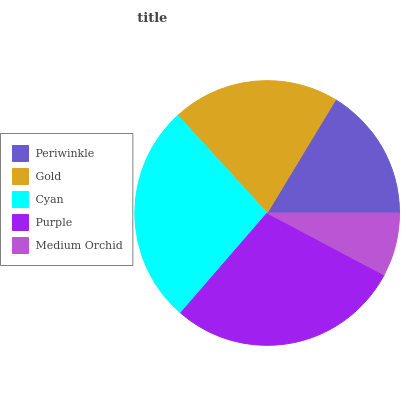
| Periwinkle | Gold | Cyan | Purple | Medium Orchid |
 | --- | --- | --- | --- | --- |
 | 16.4% | 20.4% | 26.9% | 28.6% | 7.75% |